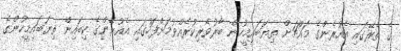
ގެ ތެރޭގައި އެއުރެންގެ މައްޗަށް ތިޔަބައިމީހުން ބާރުވެރިކުރެއްވުމަށްފަހުގައި އެއުރެންގެ ކިބައިން ތިޔަބައިމީހުންގެ